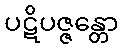
ပဋိပဇ္ဇန္တော